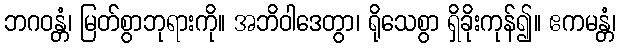
ဘဂဝန္တံ၊ မြတ်စွာဘုရားကို။ အဘိဝါဒေတွာ၊ ရိုသေစွာ ရှိခိုးကုန်၍။ ဧကမန္တံ၊